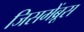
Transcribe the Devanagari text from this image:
जिसमेंब्रूस